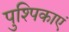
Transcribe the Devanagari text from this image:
पुश्पिकाएं